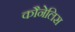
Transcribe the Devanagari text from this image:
कौनेलिस